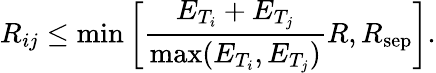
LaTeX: R_{ij}\leq\mathrm{min}\left[\frac{E_{T_{i}}+E_{T_{j}}}{\mathrm{max}(E_{T_{i}},E_{T_{j}})}R,R_{\mathrm{sep}}\right].